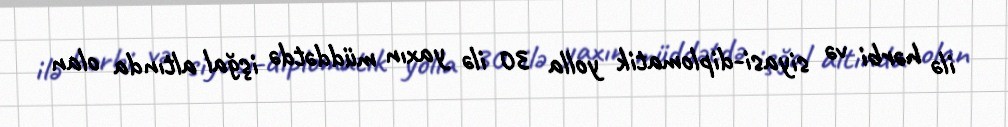
ilə hərbi və siyasi-diplomatik yolla 30 ilə yaxın müddətdə işğal altında olan